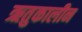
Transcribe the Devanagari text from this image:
ऋतुकालीन